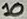
Text: 10